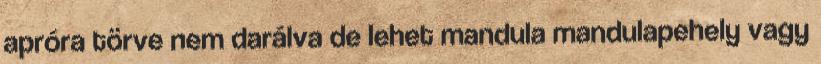
apróra törve nem darálva de lehet mandula mandulapehely vagy